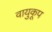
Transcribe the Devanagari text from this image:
वायुकूप